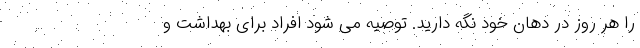
را هر روز در دهان خود نگه دارید. توصیه می شود افراد برای بهداشت و